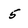
Character: 5